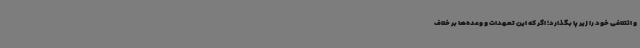
و ائتلافی خود را زیر پا بگذارد؛ اگر که این تعهدات و وعده‌ها بر خلاف